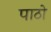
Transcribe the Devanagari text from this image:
पाठो